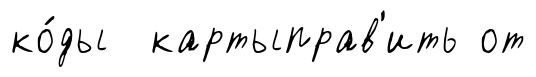
ко́ды картыправ'ить от